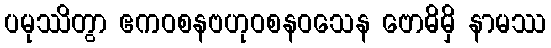
ပမုဿိတွာ ဧကဝစနဗဟုဝစနဝသေန ဗောဓိမှိ နာမဿ